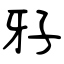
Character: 𤘅